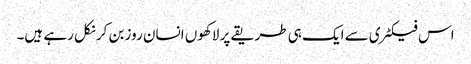
اس فیکٹری سے ایک ہی طریقے پر لاکھوں انسان روز بن کر نکل رہے ہیں۔